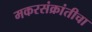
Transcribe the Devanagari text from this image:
मकरसंक्रांतीचा